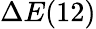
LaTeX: \Delta E(12)